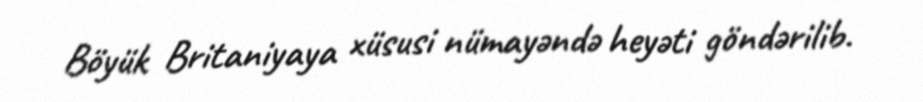
Böyük Britaniyaya xüsusi nümayəndə heyəti göndərilib.